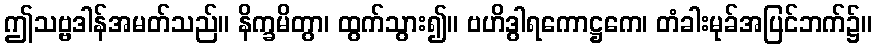
ဤသဗ္ဗဒါန်အမတ်သည်။ နိက္ခမိတွာ၊ ထွက်သွား၍။ ဗဟိဒွါရကောဋ္ဌကေ၊ တံခါးမုခ်အပြင်ဘက်၌။